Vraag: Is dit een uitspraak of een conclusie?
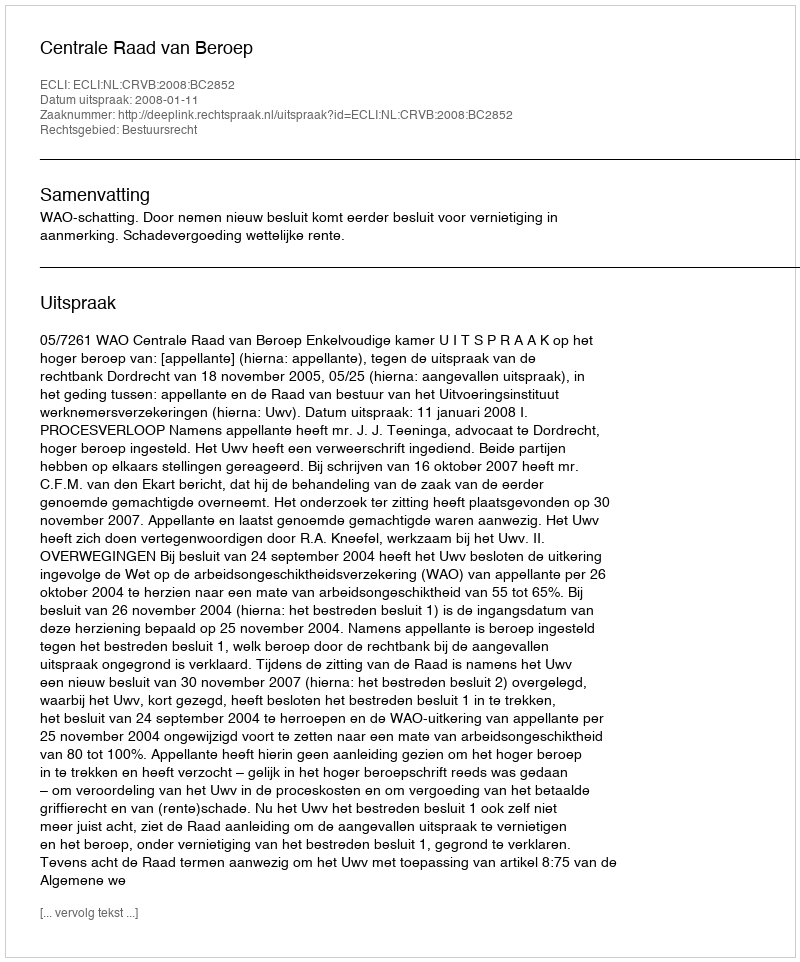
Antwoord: Uitspraak